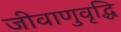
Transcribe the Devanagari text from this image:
जीवाणुवृद्धि